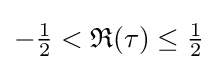
-{\tfrac {1}{2}}<{\mathfrak {R}}(\tau )\leq {\tfrac {1}{2}}